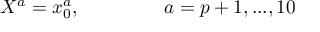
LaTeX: X ^ { a } = x _ { 0 } ^ { a } , ~ ~ ~ ~ ~ ~ ~ ~ ~ ~ ~ ~ ~ a = p + 1 , . . . , 1 0